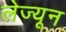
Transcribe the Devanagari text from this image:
लेज्यून